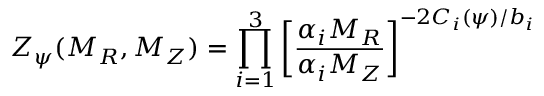
Z _ { \psi } ( M _ { R } , M _ { Z } ) = \prod _ { i = 1 } ^ { 3 } \left[ \frac { \alpha _ { i } { M _ { R } } } { \alpha _ { i } { M _ { Z } } } \right] ^ { - 2 C _ { i } ( \psi ) / b _ { i } }